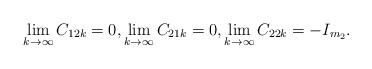
\begin{align*} & \lim_{k \to \infty}C_{12 k} =0, \lim_{k \to \infty}C_{21 k} =0, \lim_{k \to \infty}C_{22 k} =-I_{m_2}. \end{align*}